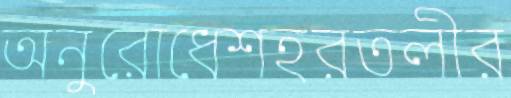
অনুরোধেশহরতলীর